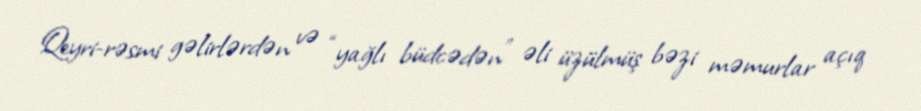
Qeyri-rəsmi gəlirlərdən və “yağlı büdcədən” əli üzülmüş bəzi məmurlar açıq